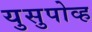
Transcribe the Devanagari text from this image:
युसुपोव्ह